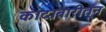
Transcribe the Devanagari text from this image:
कादाबारीतून